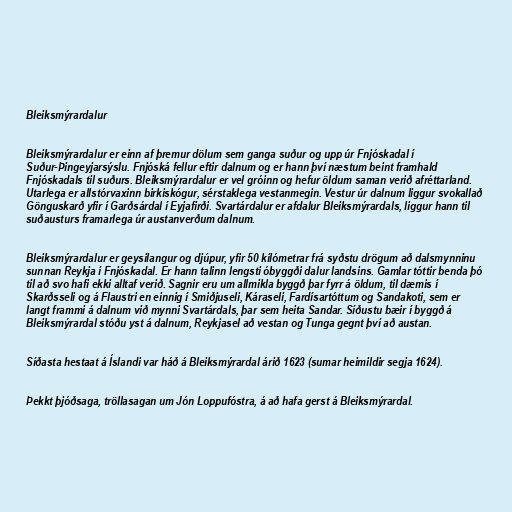
Bleiksmýrardalur

Bleiksmýrardalur er einn af þremur dölum sem ganga suður og upp úr Fnjóskadal í
Suður-Þingeyjarsýslu. Fnjóská fellur eftir dalnum og er hann því næstum beint framhald
Fnjóskadals til suðurs. Bleiksmýrardalur er vel gróinn og hefur öldum saman verið afréttarland.
Utarlega er allstórvaxinn birkiskógur, sérstaklega vestanmegin. Vestur úr dalnum liggur svokallað
Gönguskarð yfir í Garðsárdal í Eyjafirði. Svartárdalur er afdalur Bleiksmýrardals, liggur hann til
suðausturs framarlega úr austanverðum dalnum.

Bleiksmýrardalur er geysilangur og djúpur, yfir 50 kílómetrar frá syðstu drögum að dalsmynninu
sunnan Reykja í Fnjóskadal. Er hann talinn lengsti óbyggði dalur landsins. Gamlar tóttir benda þó
til að svo hafi ekki alltaf verið. Sagnir eru um allmikla byggð þar fyrr á öldum, til dæmis í
Skarðsseli og á Flaustri en einnig í Smiðjuseli, Káraseli, Fardísartóttum og Sandakoti, sem er
langt frammi á dalnum við mynni Svartárdals, þar sem heita Sandar. Síðustu bæir í byggð á
Bleiksmýrardal stóðu yst á dalnum, Reykjasel að vestan og Tunga gegnt því að austan.

Síðasta hestaat á Íslandi var háð á Bleiksmýrardal árið 1623 (sumar heimildir segja 1624).

Þekkt þjóðsaga, tröllasagan um Jón Loppufóstra, á að hafa gerst á Bleiksmýrardal.